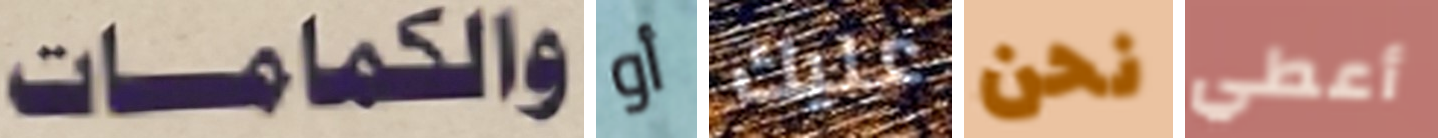
والكمامات أو عليك نحن أعطي